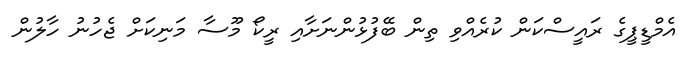
އެމްޑީޕީގެ ރައީސްކަން ކުރެއްވި ތިން ބޭފުޅުންނަށާއި ރީކޯ މޫސާ މަނިކަށް ޖެހުނު ހާލުން